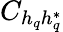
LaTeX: C_{h_{q}h_{q}^{*}}